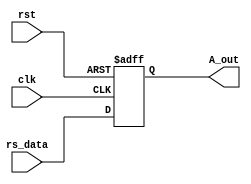
module registerA(input clk,input rst, input [31:0]rs_data,
	output reg[31:0]A_out
    );
	always@(posedge clk or posedge rst)begin
		if(rst)
			A_out<=0;
		else
			A_out<=rs_data;
	end

endmodule